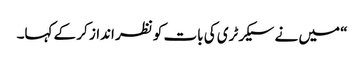
“ میں نے سیکرٹری کی بات کو نظر انداز کر کے کہا۔